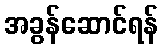
အခွန်ဆောင်ရန်